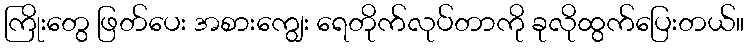
ကြိုးတွေ ဖြတ်ပေး အစားကျွေး ရေတိုက်လုပ်တာကို ခုလိုထွက်ပြေးတယ်။